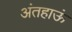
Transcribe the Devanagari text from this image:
अंतहाऊं